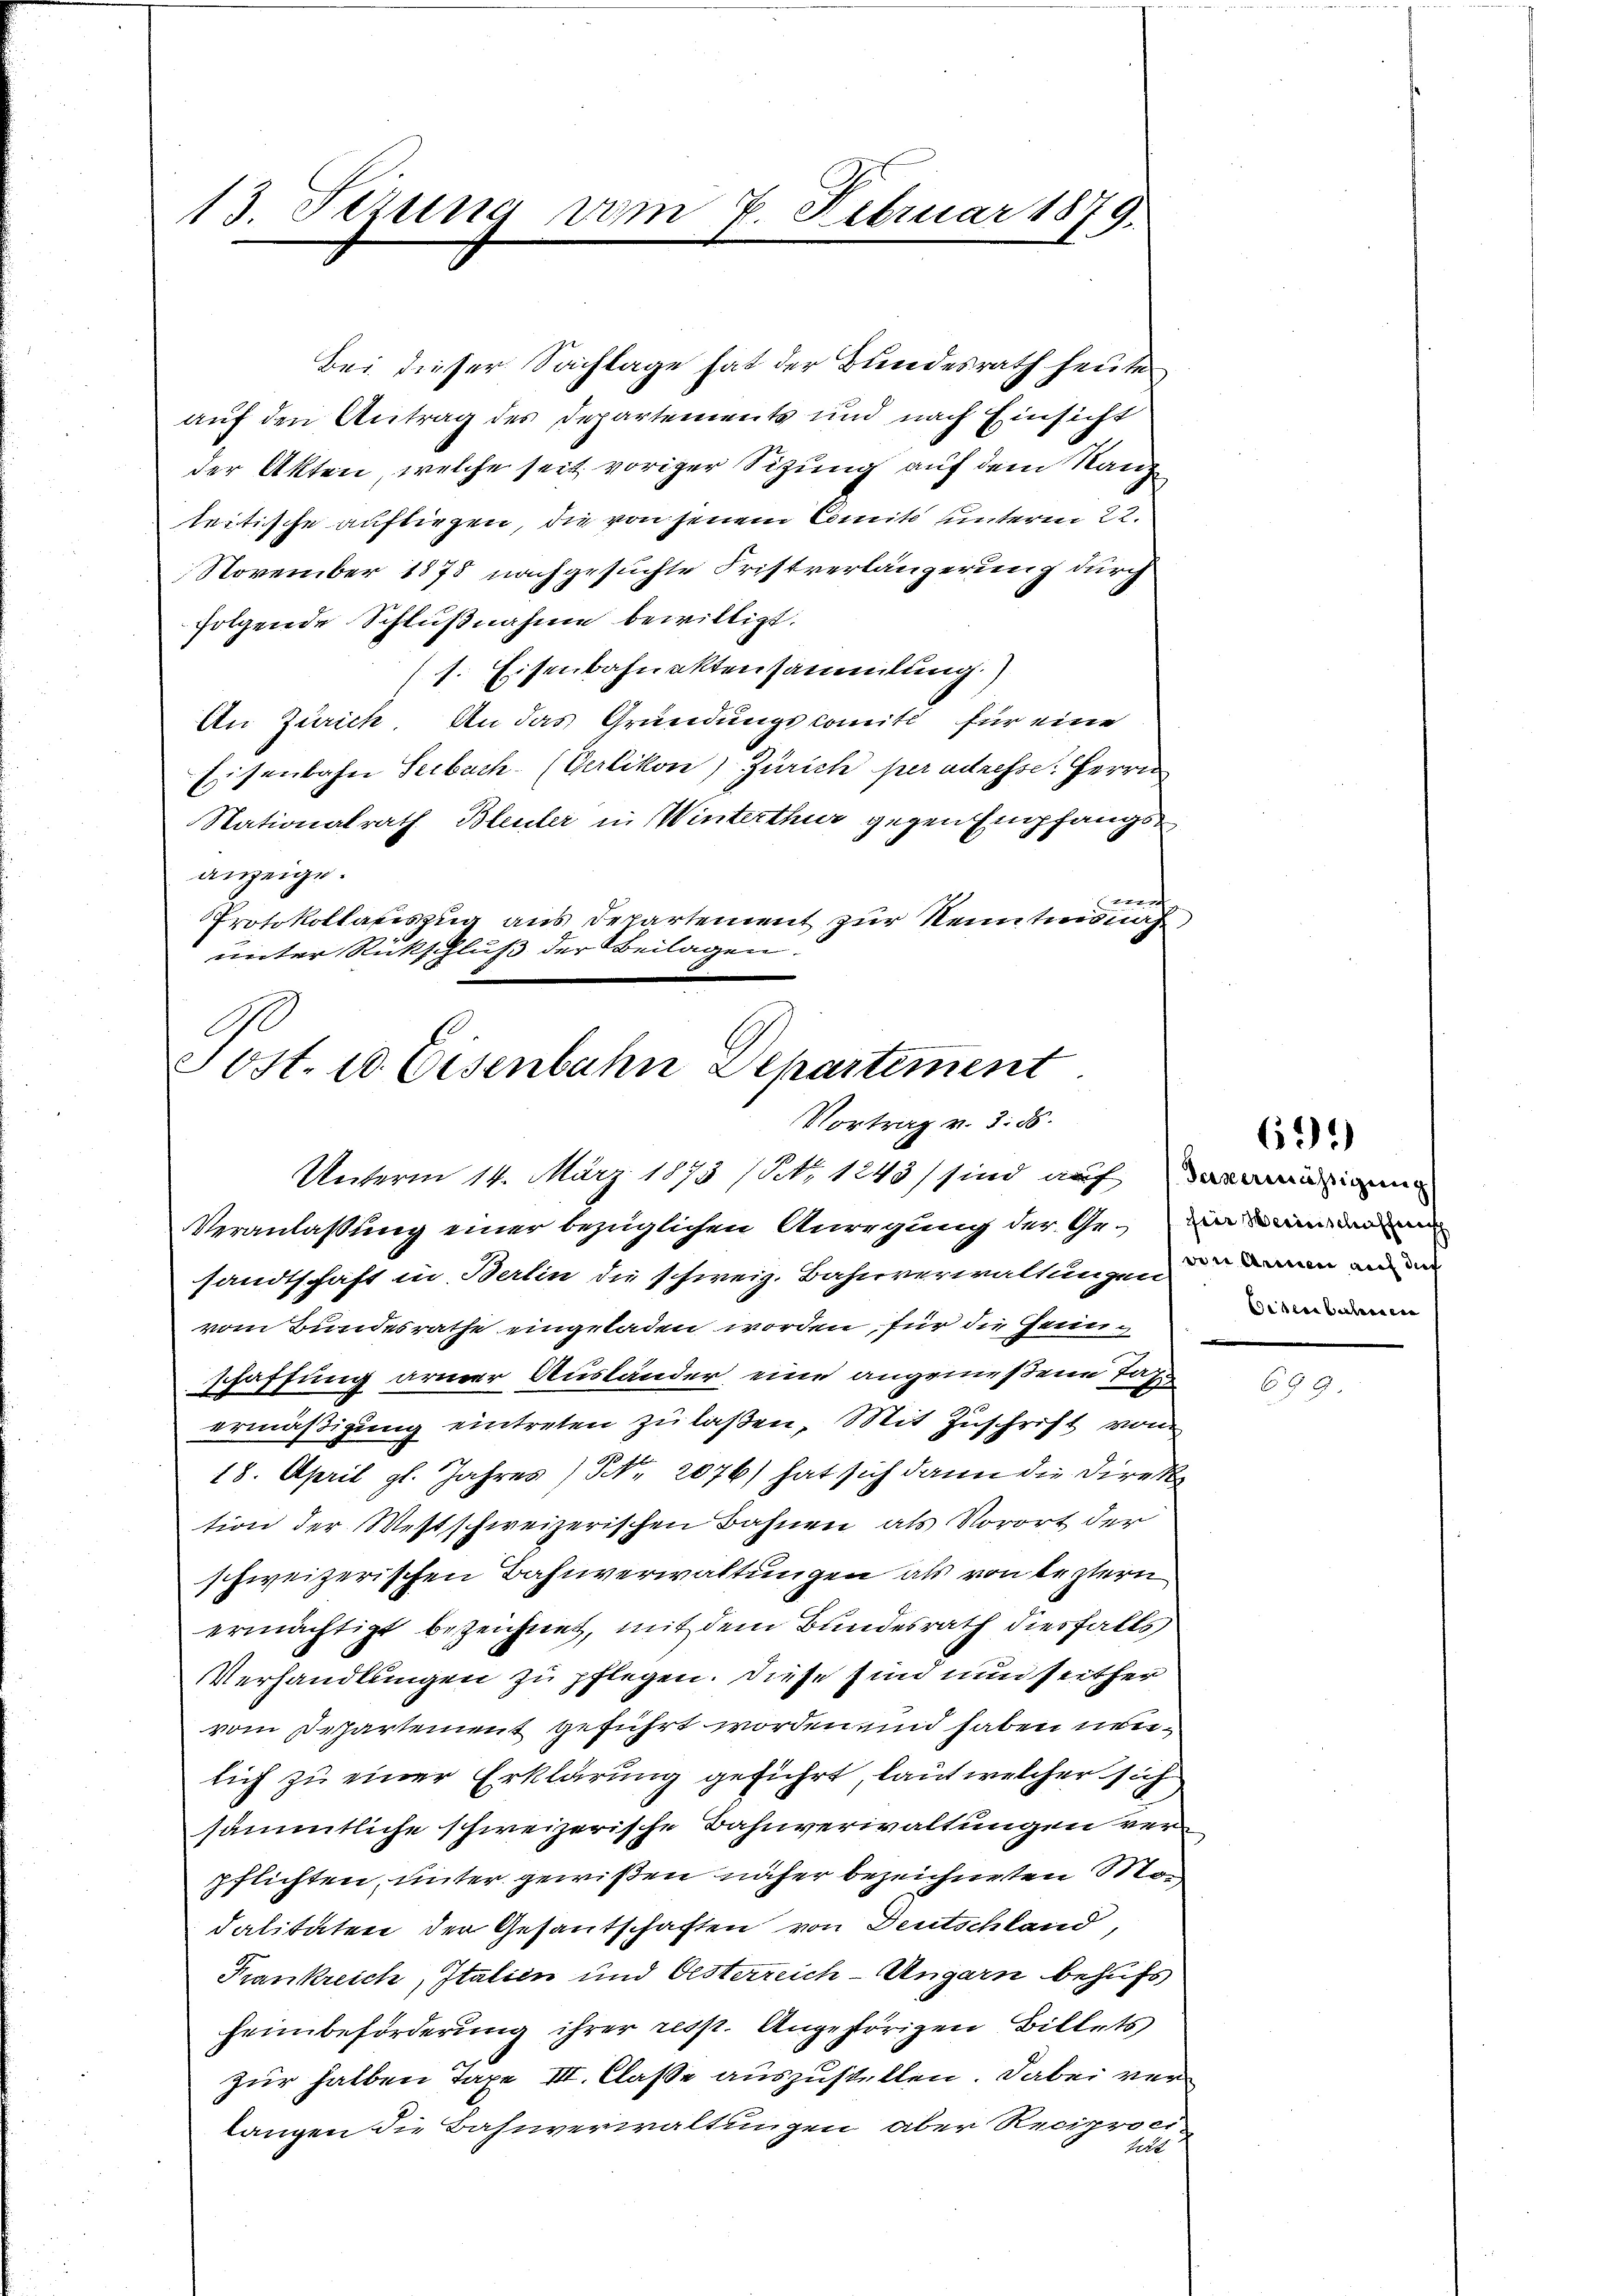
13. Tizung vom 7. Februar 1879.

Bei dieser Sachlage hat der Bundesrath heute
auf den Antrag des Departements und nach Einsicht
der Akten, welche seit voriger Sizung auf dem Kanz
teitische aufliegen, die von jenem Comite unterm 22.
November 1878 nachgesuchte Fristverlängerung durch
folgende Schlußnahme bewilligt.
s. Eisenbahnaktensammlung.)
An Zürich. An das Gründungscomite für eine
Eisenbahn Seebach- (Verlikon) Zürich per adresse: Herrn
Nationalrath Bleuler in Winterthur gegen Empfangsanzeige.
tt
Protokollauszug aus Departement zur Kenntindnah
unter Rückschluß der Beilagen.

Post. 10. Eisenbahn Departement
Vortrag v. 3. ds.

Unterm 14. März 1873 (NNo. 1243 sind auf
Veranlassung einer bezüglichen Anregung der Gemeind
sandtschaft in Berlin die schweiz. Bahnverwaltungen daran and
vom Bundesrathe eingeladen worden, für die Genug
schaffung armer Ausländer eine angemeßene Taxermäßigung eintreten zu laßen, Mit Zuschrift von
18. April gl. Jahres / NNo. 2076) hat sich dann die Direk
tion der Westschweizerischen Bahnen als Vorort der
schweizerischen Bahnverwaltungen als von leztern
ermächtigt bezeichnet, mit dem Bundesrath diesfalls
Verhandlungen zu pflegen. Diese sind nun seither
vom Departement geführt worden und haben neulich zu einer Erklärung geführt, laut welcher sich
sämmtliche schweizerische Bahnverwaltungen verpflichten, unter gewißen näher bezeichneten Stan
dalitäten der Gesantschaften von Deutschland,
Frankreich, Italien und Oesterreich-Ungarn behufs
heimbeförderung ihrer resp. Angestörigen Billets
zur halben Taxe III. Classe auszustellen. Dabei verlangen die Bahnverwaltungen aber Reciproci-
Lett

691)

Bessere belangen